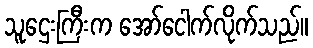
သူဌေးကြီးက အော်ငေါက်လိုက်သည်။